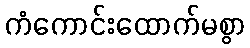
ကံကောင်းထောက်မစွာ